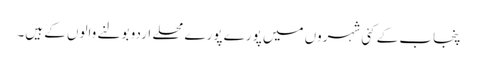
پنجاب کے کئی شہروں میں پورے پورے محلے اردو بولنے والوں کے ہیں۔